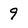
Character: 9